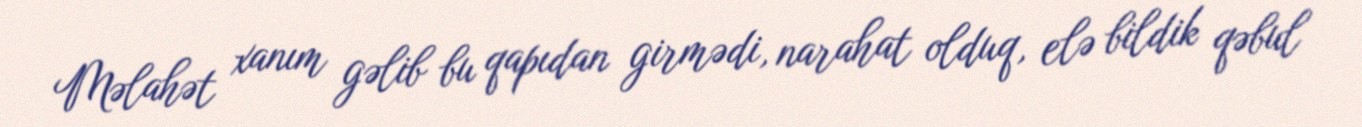
Məlahət xanım gəlib bu qapıdan girmədi, narahat olduq, elə bildik qəbul